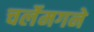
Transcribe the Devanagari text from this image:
चर्लेमगने